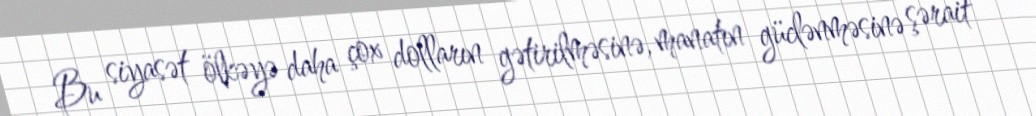
Bu siyasət ölkəyə daha çox dolların gətirilməsinə, manatın güclənməsinə şərait